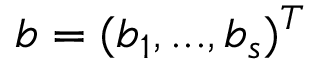
\boldsymbol { b } = ( b _ { 1 } , . . . , b _ { s } ) ^ { T }